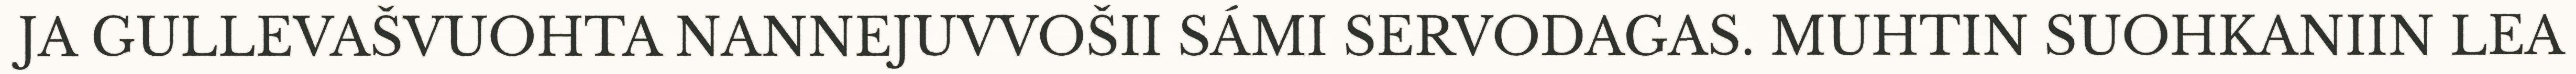
JA GULLEVAŠVUOHTA NANNEJUVVOŠII SÁMI SERVODAGAS. MUHTIN SUOHKANIIN LEA